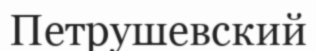
Петрушевский